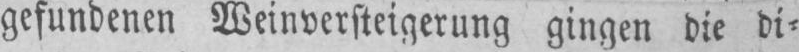
gefundenen Weinversteigerung gingen die di⸗